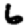
Digit: 6